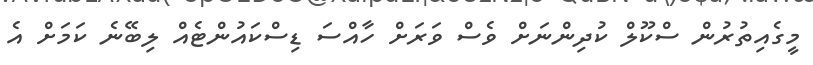
މީގެއިތުރުން ސްކޫލް ކުދިންނަށް ވެސް ވަރަށް ހާއްސަ ޑިސްކައުންޓެއް ލިބޭނެ ކަމަށް އެ